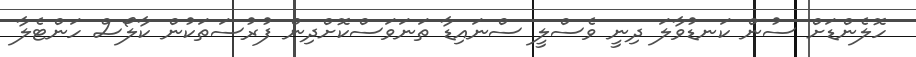
ހޮލެންޑަށް ސުން ކަނޑުވާލަ ދިނީ ވެސްލީ ސްނައިޑާ ތަނަވަސްކޮށްދިން ފުރުސަތަކުން ކާލޯސް ހަންޓެލާ